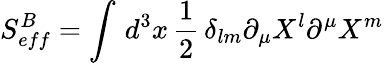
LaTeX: S_{eff}^{B}=\int\, d^{3}x\, \frac{1}{2}\, \delta_{lm}\partial_{\mu}X^{l}\partial^{\mu}X^{m}